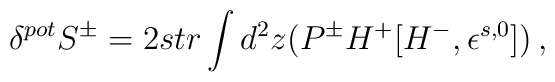
\delta^{pot} S^\pm= 2 str\int d^2 z (P^\pm H^+ [H^- , \epsilon^{s,0} ] )\,,